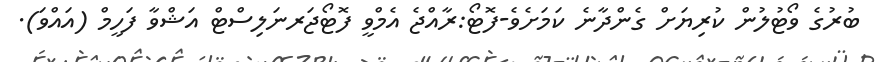
ބުރުގެ ވޯޓުލުން ކުރިޔަށް ގެންދާނެ ކަމަށެވެ-ފޮޓޯ:ރާއްޖެ އެމްވީ ފޮޓޯޖަރނަލިސްޓް އަޝްވާ ފަހީމް (އައްވަ).